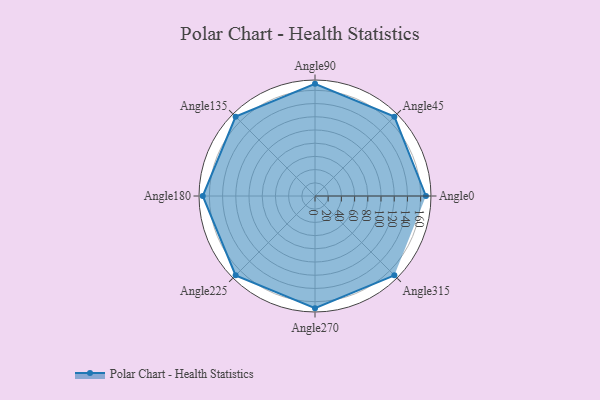
{"axis": {"x": "Angle", "y": "Radius"}, "legend": [""], "data": [{"x": "Angle0", "y": 168.0, "type": ""}, {"x": "Angle45", "y": 170, "type": ""}, {"x": "Angle90", "y": 170, "type": ""}, {"x": "Angle135", "y": 170, "type": ""}, {"x": "Angle180", "y": 170, "type": ""}, {"x": "Angle225", "y": 170, "type": ""}, {"x": "Angle270", "y": 170, "type": ""}, {"x": "Angle315", "y": 170, "type": ""}]}